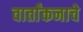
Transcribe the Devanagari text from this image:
वार्तांकनाचे